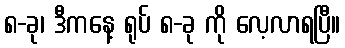
၈-ခု၊ ဒီကနေ့ ရုပ် ၈-ခု ကို လေ့လာရပြီ။